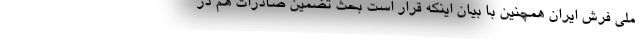
ملی فرش ایران همچنین با بیان اینکه قرار است بحث تضمین صادرات هم در